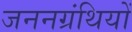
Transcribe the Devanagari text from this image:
जननग्रंथियों